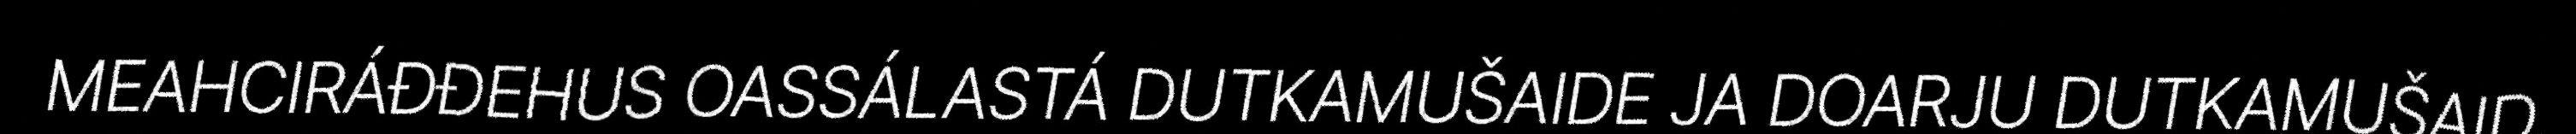
MEAHCIRÁĐĐEHUS OASSÁLASTÁ DUTKAMUŠAIDE JA DOARJU DUTKAMUŠAID,